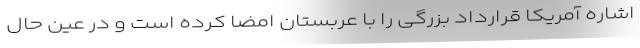
اشاره آمریکا قرارداد بزرگی را با عربستان امضا کرده است و در عین حال